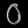
Digit: ၀